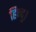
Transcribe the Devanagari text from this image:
हिन्दु।